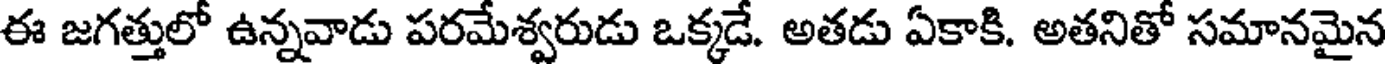
ఈ జగత్తులో ఉన్నవాడు పరమేశ్వరుడు ఒక్కడే. అతడు ఏకాకి. అతనితో సమానమైన